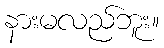
နားမလည်ဘူး။